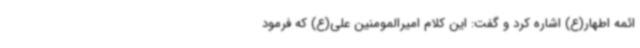
ائمه اطهار(ع) اشاره کرد و گفت: این کلام امیرالمومنین علی(ع) که فرمود